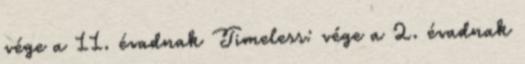
vége a 11. évadnak Timeless: vége a 2. évadnak